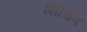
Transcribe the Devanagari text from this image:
सिचिव